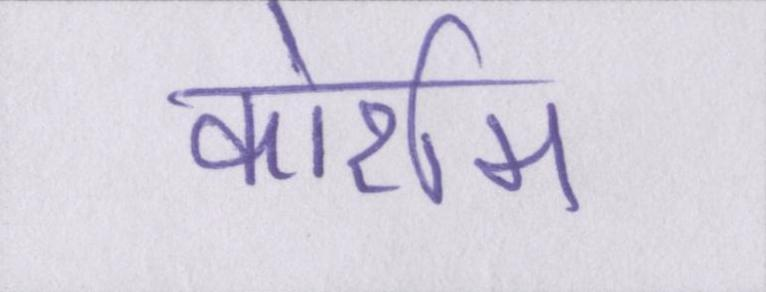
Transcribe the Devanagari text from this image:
कोर्राम